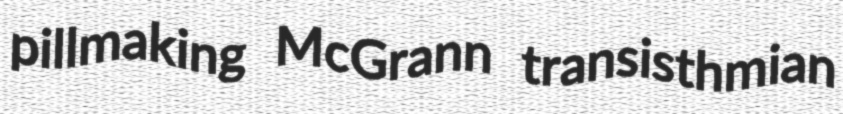
pillmaking McGrann transisthmian